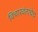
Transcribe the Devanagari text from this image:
विचारवंताचेच